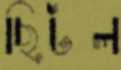
ছিটল